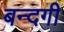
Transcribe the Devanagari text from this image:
बन्दगी